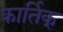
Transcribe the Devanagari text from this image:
कार्तिक्